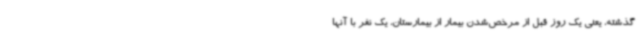
گذشته، یعنی یک روز قبل از مرخص‌شدن بیمار از بیمارستان، یک نفر با آنها